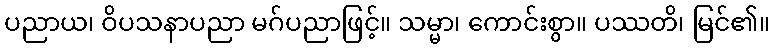
ပညာယ၊ ဝိပသနာပညာ မဂ်ပညာဖြင့်။ သမ္မာ၊ ကောင်းစွာ။ ပဿတိ၊ မြင်၏။